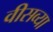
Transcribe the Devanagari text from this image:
वीसव्या